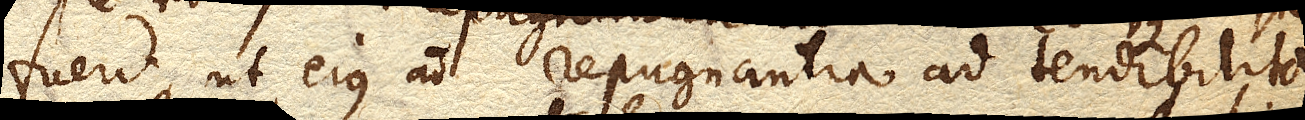
fuerit ut ejus a repugnantia ad tendibilita–